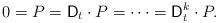
LaTeX: \begin{align*} 0= P= \mathsf{D}_{t}\cdot P= \dotsb= \mathsf{D}_{t}^{k}\cdot P.\end{align*}